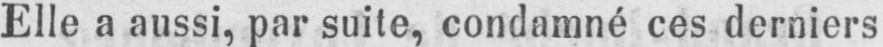
Elle a aussi, par suite, condamné ces derniers